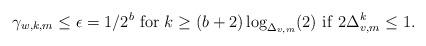
LaTeX: \begin{align*} \gamma_{w,k,m}\le\epsilon=1/2^b~ {\rm for}~k\ge (b+2)\log_{\Delta_{v,m}}(2)~{\rm if}~ 2\Delta_{v,m}^k\le 1. \end{align*}